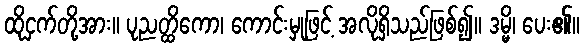
ထိုငှက်တို့အား။ ပုညတ္ထိကော၊ ကောင်းမှုဖြင့် အလိုရှိသည်ဖြစ်၍။ ဒမ္မိ၊ ပေး၏။